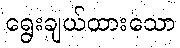
ရွေးချယ်ထားသော